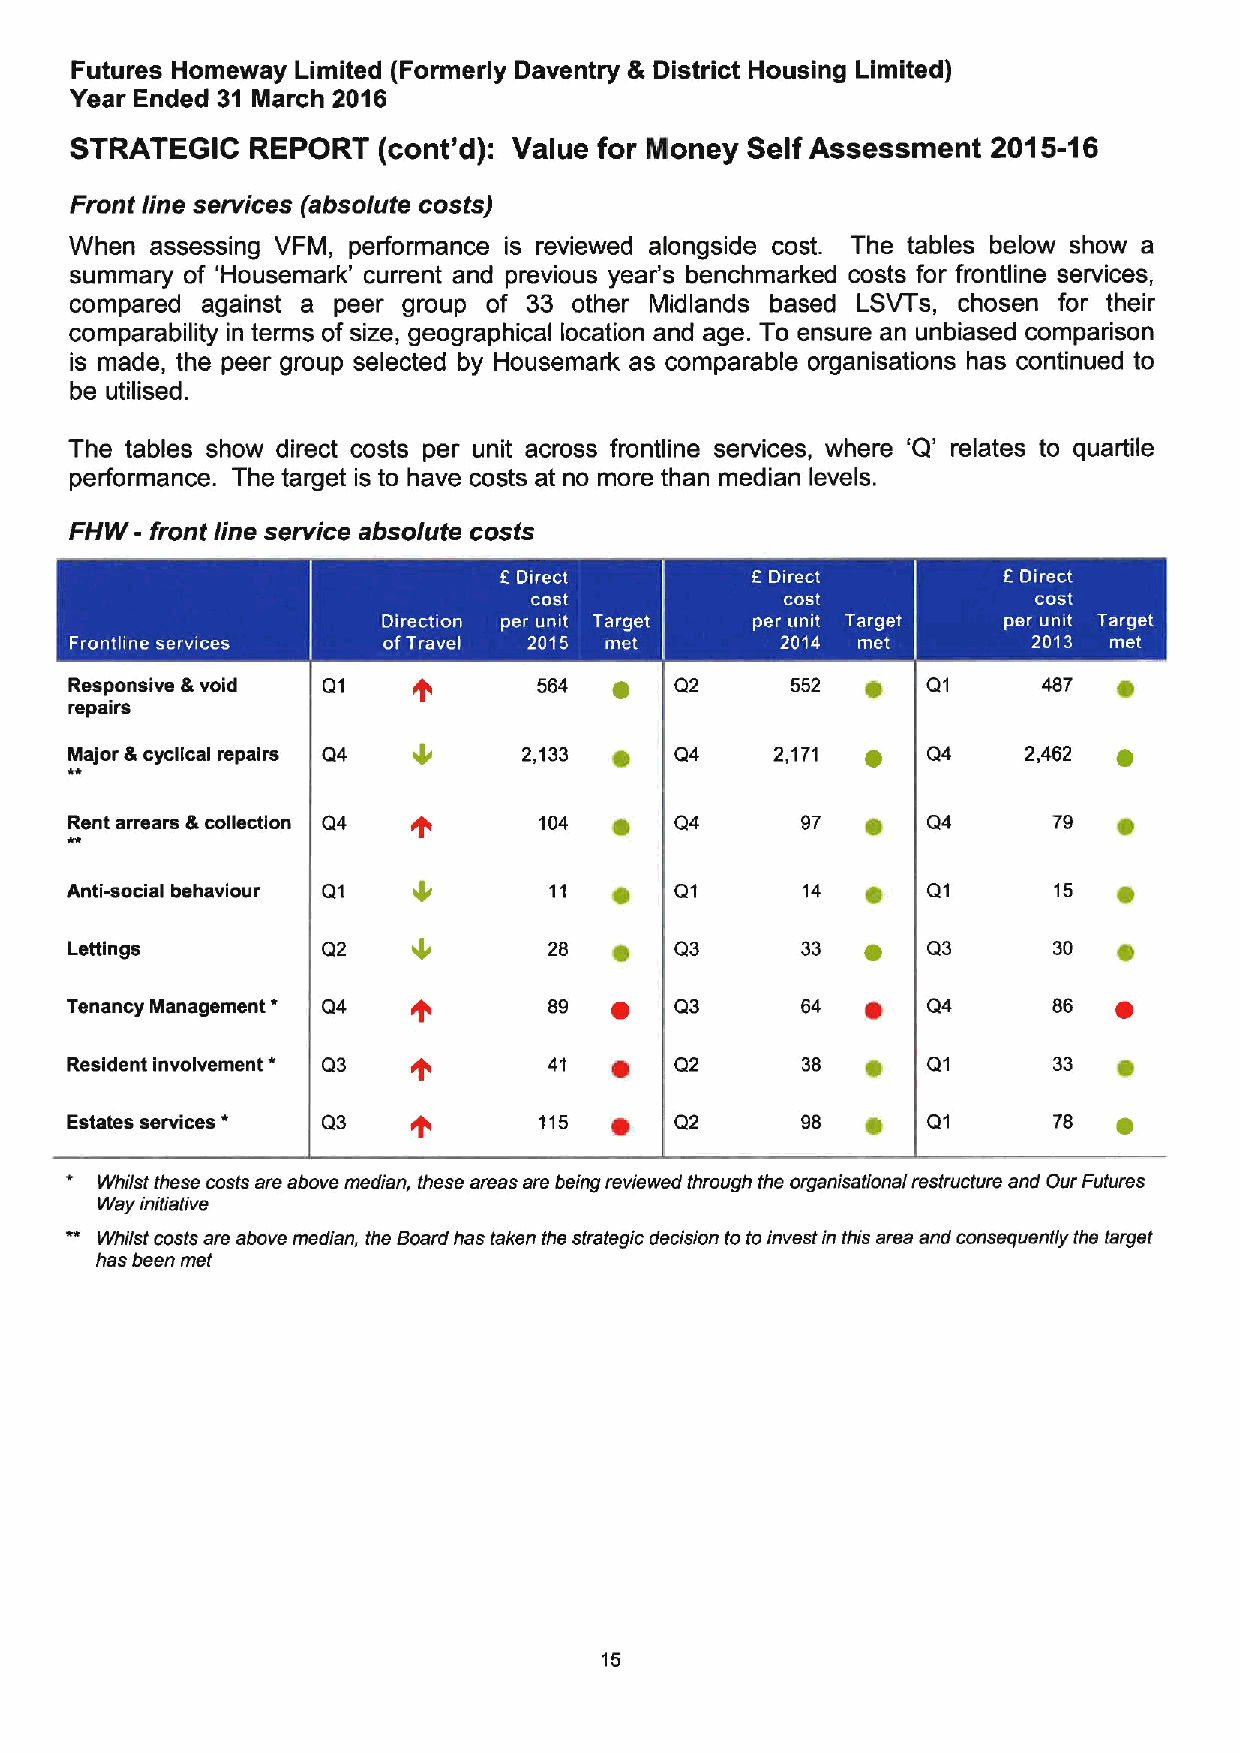
Futures Homeway Limited (Formerly Daventry 6 District Housing Limited)
 Year Ended 31 March 2016
 STRATEGIC   REPORT  (cont'd): Value for Money Self Assessment 2015-16
 Front line services (absolute costs)
 When assessing VFM, performance is reviewed alongside cost. The tables below show a
 summary of 'Housemark' current and previous year's benchmarked costs for frontline services,
 compared against a peer group of 33 other Midlands based LSVTs, chosen for their
 comparability in terms of size, geographical location and age. To ensure an unbiased comparison
 is made, the peer group selected by Housemark as comparable organisations has continued to
 be utilised.
 The tables show direct costs per unit across frontline services, where 'Q' relates to quartile
 performance. The target is to have costs at no more than median levels.
 FHW- front line service absolute costs
 .
 ~   ~
 Responsive 8 void Q1           564  ~   Q2     552  ~   Q1      487  ~
 repairs
 Major &cyclical repairs Q4    2,133 e   Q4    2,171 ~   Q4     2,462 ~
 Rent arrears &collection Q4    104  ~   Q4      97  e   Q4       79
 Anti-social behaviour Q1        11   e   Q1      14  e   Q1       15
 Lettings         Q2             28   ~   Q3      33  ~   Q3       30
 '
 Tenancy Management Q4           89  ~    Q3      64  ~   Q4       86  ~
 Resident involvement * Q3       41  ~    Q2      38  ~   Q1       33
 Estates services * Q3           115 ~    Q2      98  e   Q1       78  ~
 *
 Whilst these costs are above median, these areas are being reviewed through the orgsnisationai restructure and Our Futures
 Way initiative
 Whilst costs are above median, the Board has taken the strategic decision to toinvestin this area and consequently the target
 has been met
 15